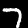
Label: 7